Report of the veterinary officer investigating camel disease
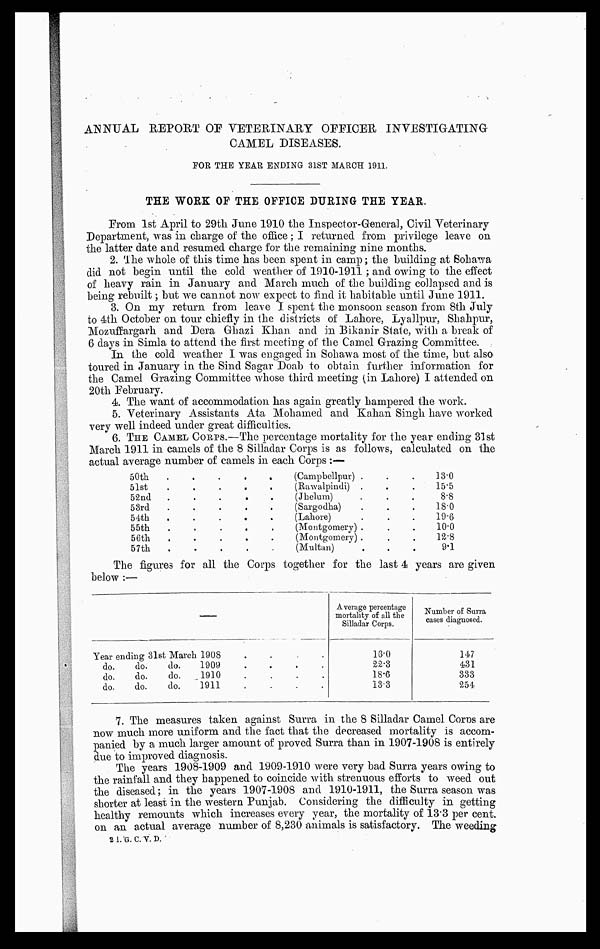
ANNUAL REPORT OF VETERINARY OFFICER INVESTIGATING
CAMEL DISEASES.
FOR THE YEAR ENDING 31ST MARCH 1911.
THE WORK OF THE OFFICE DURING THE YEAR.
From 1st April to 29th June 1910 the Inspector-Genera], Civil Veterinary
Department, was in charge of the office ; I returned from privilege leave on
the latter date and resumed charge for the remaining nine months.
2. The whole of this time has been spent in camp ; the building at Sohawa
did not begin until the cold weather of 1910-1911 ; and owing to the effect
of heavy rain in January and March much of the building collapsed and is
being rebuilt ; but we cannot now expect to find it habitable until June 1911.
3. On my return from leave I spent the monsoon season from 8th July
to 4th October on tour chiefly in the districts of Lahore, Lyallpur, Shahpur,
Mozuffargarh and Dera Ghazi Khan and in Bikanir State, with a break of
6 days in Simla to attend the first meeting of the Camel Grazing Committee.
In the cold weather I was engaged in Sohawa most of the time, but also
toured in January in the Sind Sagar Doab to obtain further information for
the Camel Grazing Committee whose third meeting (in Lahore) I attended on
20th February.
4. The want of accommodation has again greatly hampered the work.
5. Veterinary Assistants Ata Mohamed and Kahan Singh have worked
very well indeed under great difficulties.
6. THE CAMEL CORPS.—The percentage mortality for the year ending 31st
March 1911 in camels of the 8 Silladar Corps is as follows, calculated on the
actual average number of camels in each Corps :—
50th
51st
52nd
53rd
54th
55th
56th
57th
.
.
.
.
.
.
.
.
.
.
.
.
.
.
.
.
.
.
.
.
.
.
.
.
.
.
.
.
.
.
.
.
.
.
.
.
.
.
.
.
(Campbellpur) .
(Rawalpindi) .
(Jhelum) .
(Sargodha) .
(Lahore) .
(Montgomery) .
(Montgomery) .
(Multan) .
.
.
.
.
.
.
.
.
.
.
.
.
.
.
.
.
13.0
15.5
8.8
18.0
19.6
10.0
12.8
9.1
The figures for all the Corps together for the last 4 years are given
below :—
Year ending 31st March 1908
....
do.
do.
do.
do.
do.
do.
do.
do.
do.
1909
....
1910
....
1911
....
Average percentage
mortality of all the
Silladar Corps.
13.0
22.3
18.6
18.3
Number of Surra
cases diagnosed.
147
431
333
254
7. The measures taken against Surra in the 8 Silladar Camel Corns are
now much more uniform and the fact that the decreased mortality is accom-
panied by a much larger amount of proved Surra than in 1907-1908 is entirely
due to improved diagnosis.
The years 1908-1909 and 1909-1910 were very bad Surra years owing to
the rainfall and they happened to coincide with strenuous efforts to weed out
the diseased ; in the years 1907-1908 and 1910-1911, the Surra season was
shorter at least in the western Punjab. Considering the difficulty in getting
healthy remounts which increases every year, the mortality of 13.3 per cent.
on an actual average number of 8,230 animals is satisfactory. The weeding
21. G. C. V. D.